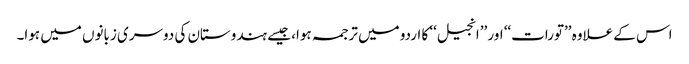
اس کے علاوہ ’’تورات‘‘ اور ’’انجیل‘‘ کا اردو میں ترجمہ ہوا، جیسے ہندوستان کی دوسری زبانوں میں ہوا۔